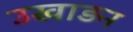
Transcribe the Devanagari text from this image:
उखाड़न